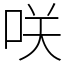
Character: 咲